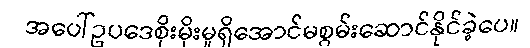
အပေါ်ဥပဒေစိုးမိုးမှုရှိအောင်မစွမ်းဆောင်နိုင်ခဲ့ပေ။